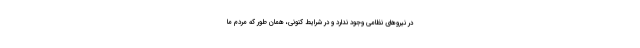
در نیروهای نظامی وجود ندارد و در شرایط کنونی، همان طور که مردم ما